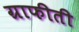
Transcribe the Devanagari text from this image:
ग्राफीती